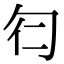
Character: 𠣒